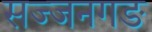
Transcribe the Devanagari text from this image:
सज्जनगङ